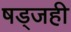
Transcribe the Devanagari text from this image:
षड्जही